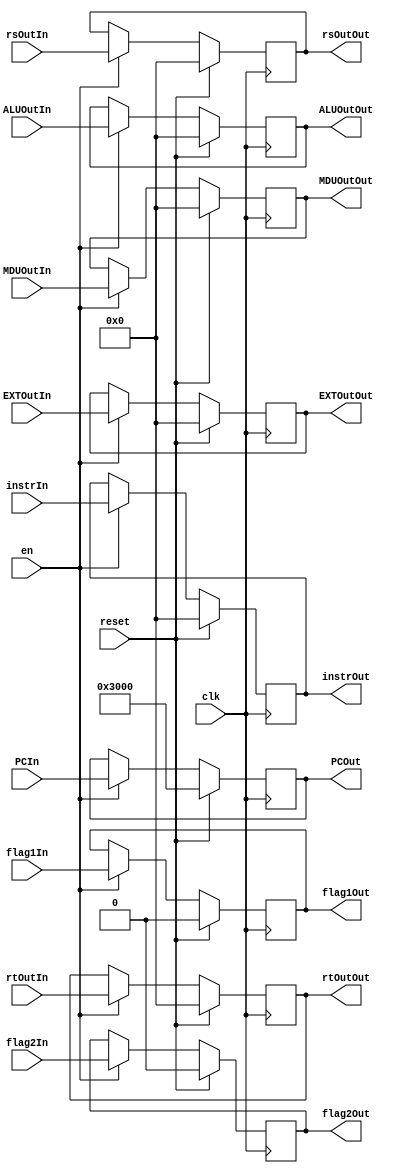
`timescale 1ns / 1ps

module MREG
	(
		input clk,
		input reset,
		input en,
		input [31:0] instrIn,
		input [31:0] PCIn,
		input [31:0] ALUOutIn,
		input [31:0] rtOutIn,
		input [31:0] rsOutIn,
		input [31:0] EXTOutIn,
		input [31:0] MDUOutIn,
		input flag1In,
		input flag2In,
		output reg [31:0] instrOut,
		output reg [31:0] PCOut,
		output reg [31:0] ALUOutOut,
		output reg [31:0] rtOutOut,
		output reg [31:0] rsOutOut,
		output reg [31:0] EXTOutOut,
		output reg [31:0] MDUOutOut,
		output reg flag1Out,
		output reg flag2Out
	);
	
	initial begin
		instrOut <= 32'd0;
		PCOut <= 32'h3000;
		ALUOutOut <= 32'd0;
		rsOutOut <= 32'd0;
		rtOutOut <= 32'd0;
		EXTOutOut <= 32'd0;
		MDUOutOut <= 32'd0;
		flag1Out <= 1'd0;
		flag2Out <= 1'd0;
	end
	
	always @(posedge clk) begin
		if(reset) begin
			instrOut <= 32'd0;
			PCOut <= 32'h3000;
			ALUOutOut <= 32'd0;
			rsOutOut <= 32'd0;
			rtOutOut <= 32'd0;
			EXTOutOut <= 32'd0;
			MDUOutOut <= 32'd0;
			flag1Out <= 1'd0;
			flag2Out <= 1'd0;
		end
		else if(en) begin
			instrOut <= instrIn;
			PCOut <= PCIn;
			ALUOutOut <= ALUOutIn;
			rsOutOut <= rsOutIn;
			rtOutOut <= rtOutIn;
			EXTOutOut <= EXTOutIn;
			MDUOutOut <= MDUOutIn;
			flag1Out <= flag1In;
			flag2Out <= flag2In;
		end
	end
	
endmodule